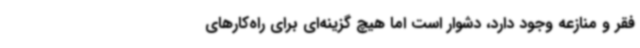
فقر و منازعه وجود دارد، دشوار است اما هیچ گزینه‌ای برای راه‌کارهای